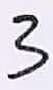
Text: 3